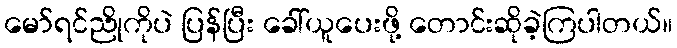
မော်ရင်ညိုကိုပဲ ပြန်ပြီး ခေါ်ယူပေးဖို့ တောင်းဆိုခဲ့ကြပါတယ်။